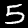
Digit: 5